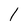
Character: l